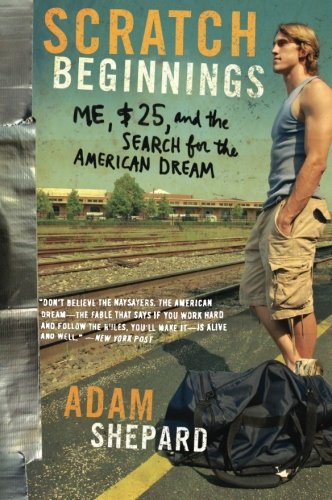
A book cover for Scratch Beginnings: Me, $25, and the Search for the American Dream; Adam W. Shepard; Politics & Social Sciences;